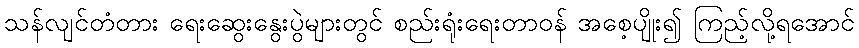
သန်လျင်တံတား ရေးဆွေးနွေးပွဲများတွင် စည်းရုံးရေးတာဝန် အစေ့ပျိုး၍ ကြည့်လို့ရအောင်